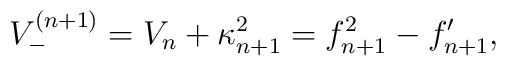
V^{(n+1)}_{-}=V_{n}+\kappa_{n+1}^2=f_{n+1}^2-f_{n+1}^{\prime},